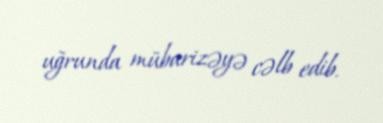
uğrunda mübarizəyə cəlb edib.